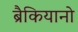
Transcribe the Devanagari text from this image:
ब्रैकियानो